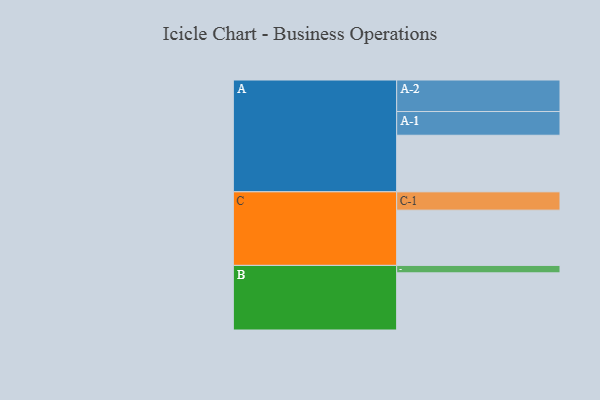
{"axis": {"x": "Segment", "y": "Value"}, "legend": ["", "A", "B", "C"], "data": [{"x": "A", "y": 472, "type": ""}, {"x": "B", "y": 477, "type": ""}, {"x": "C", "y": 461, "type": ""}, {"x": "A-1", "y": 198, "type": "A"}, {"x": "A-2", "y": 263, "type": "A"}, {"x": "B-1", "y": 62, "type": "B"}, {"x": "C-1", "y": 153, "type": "C"}]}